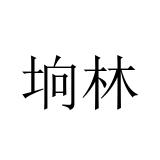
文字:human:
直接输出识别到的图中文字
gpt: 垧林